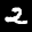
Label: 2